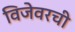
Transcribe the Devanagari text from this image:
विजेवरची